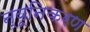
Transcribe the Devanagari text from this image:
न्यूनिकरण